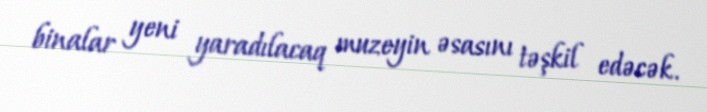
binalar yeni yaradılacaq muzeyin əsasını təşkil edəcək.